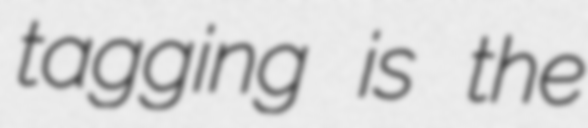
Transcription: tagging is the